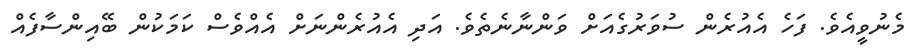
މެނުވީއެވެ. ފަހެ އެއުރެން ސުވަރުގެއަށް ވަންނާނެތެވެ. އަދި އެއުރެންނަށް އެއްވެސް ކަމަކުން ބޭއިންސާފެއް